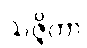
သဇ္ဇိတာ